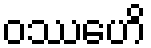
ဝဿေဟိ